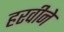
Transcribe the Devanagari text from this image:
हरवीने